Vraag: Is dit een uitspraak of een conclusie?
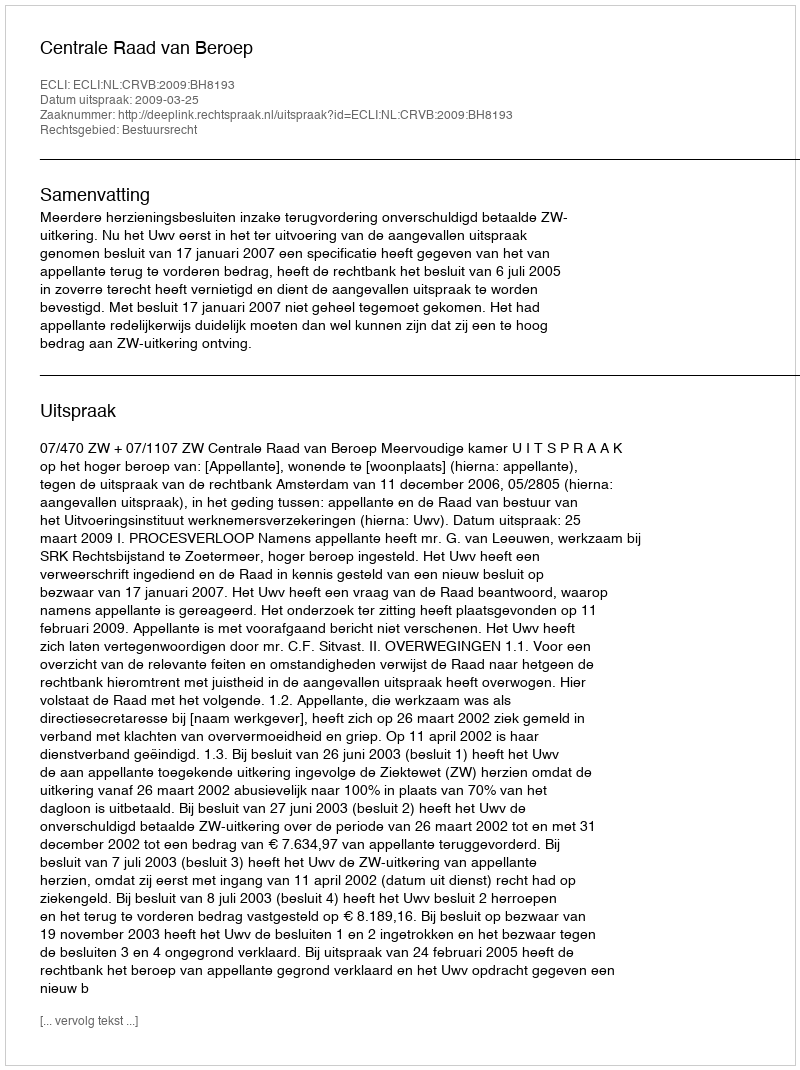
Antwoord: Uitspraak